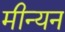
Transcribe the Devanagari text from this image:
मीन्यन